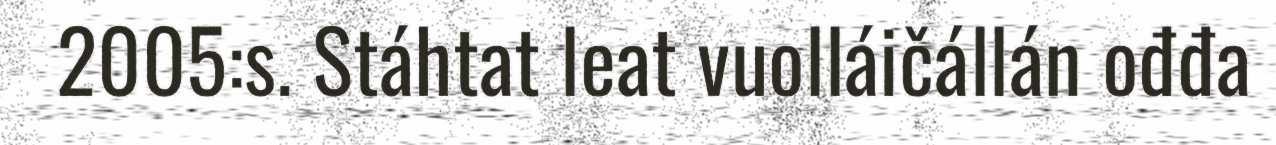
2005:s. Stáhtat leat vuolláičállán ođđa